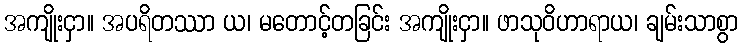
အကျိုးငှာ။ အပရိတဿာ ယ၊ မတောင့်တခြင်း အကျိုးငှာ။ ဖာသုဝိဟာရာယ၊ ချမ်းသာစွာ